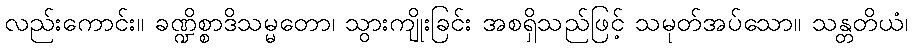
လည်းကောင်း။ ခဏ္ဍိစ္စာဒိသမ္မတော၊ သွားကျိုးခြင်း အစရှိသည်ဖြင့် သမုတ်အပ်သော။ သန္တတိယံ၊